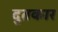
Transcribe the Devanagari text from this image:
दुतकार